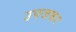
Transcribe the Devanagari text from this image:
उपजकर